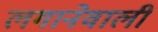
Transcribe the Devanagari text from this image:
लगानेवाली